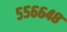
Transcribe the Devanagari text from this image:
५५६६४८